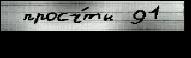
 просч́ты 91